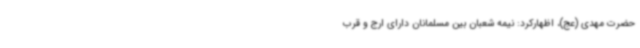
حضرت مهدی (عج)، اظهارکرد: نیمه شعبان بین مسلمانان دارای ارج و قرب